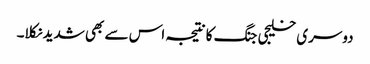
دوسری خلیجی جنگ کا نتیجہ اس سے بھی شدید نکلا۔